Indian journal of veterinary science and animal husbandry - Volume 1,
Year: 1931
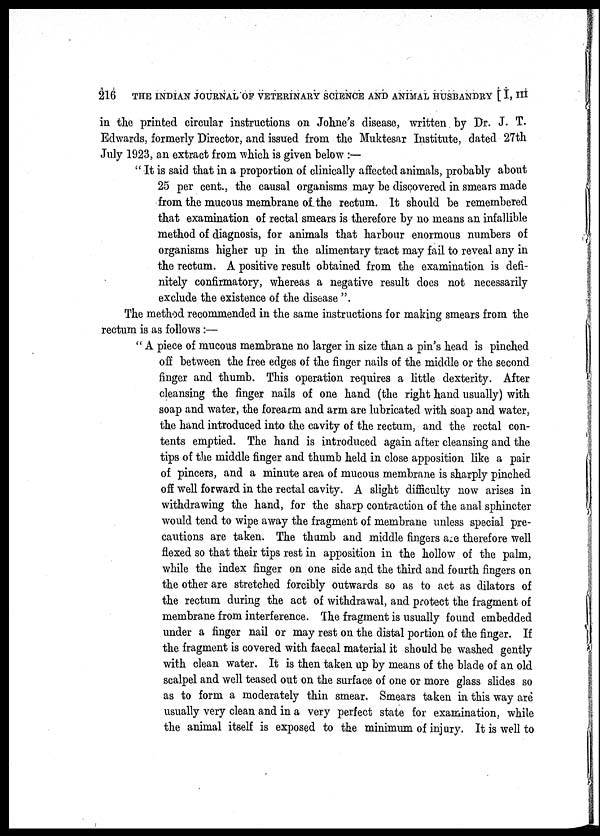
216
THE INDIAN JOURNAL OF VETERINARY SCIENCE AND ANIMAL HUSBANDRY [ I, III
in the printed circular instructions on Johne's disease, written by Dr. J. T.
Edwards, formerly Director, and issued from the Muktesar Institute, dated 27th
July 1923, an extract from which is given below :—
" It is said that in a proportion of clinically affected animals, probably about
25 per cent., the causal organisms may be discovered in smears made
from the mucous membrane of the rectum. It should be remembered
that examination of rectal smears is therefore by no means an infallible
method of diagnosis, for animals that harbour enormous numbers of
organisms higher up in the alimentary tract may fail to reveal any in
the rectum. A positive result obtained from the examination is defi-
nitely confirmatory, whereas a negative result does not necessarily
exclude the existence of the disease ".
The method recommended in the same instructions for making smears from the
rectum is as follows :—
" A piece of mucous membrane no larger in size than a pin's head is pinched
off between the free edges of the finger nails of the middle or the second
finger and thumb. This operation requires a little dexterity. After
cleansing the finger nails of one hand (the right hand usually) with
soap and water, the forearm and arm are lubricated with soap and water,
the hand introduced into the cavity of the rectum, and the rectal con-
tents emptied. The hand is introduced again after cleansing and the
tips of the middle finger and thumb held in close apposition like a pair
of pincers, and a minute area of mucous membrane is sharply pinched
off well forward in the rectal cavity. A slight difficulty now arises in
withdrawing the hand, for the sharp contraction of the anal sphincter
would tend to wipe away the fragment of membrane unless special pre-
cautions are taken. The thumb and middle fingers are therefore well
flexed so that their tips rest in apposition in the hollow of the palm,
while the index finger on one side and the third and fourth fingers on
the other are stretched forcibly outwards so as to act as dilators of
the rectum during the act of withdrawal, and protect the fragment of
membrane from interference. The fragment is usually found embedded
under a finger nail or may rest on the distal portion of the finger. If
the fragment is covered with faecal material it should be washed gently
with clean water. It is then taken up by means of the blade of an old
scalpel and well teased out on the surface of one or more glass slides so
as to form a moderately thin smear. Smears taken in this way are
usually very clean and in a very perfect state for examination, while
the animal itself is exposed to the minimum of injury. It is well to